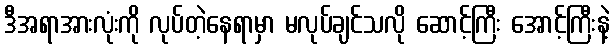
ဒီအရာအားလုံးကို လုပ်တဲ့နေရာမှာ မလုပ်ချင်သလို ဆောင့်ကြီး အောင့်ကြီးနဲ့